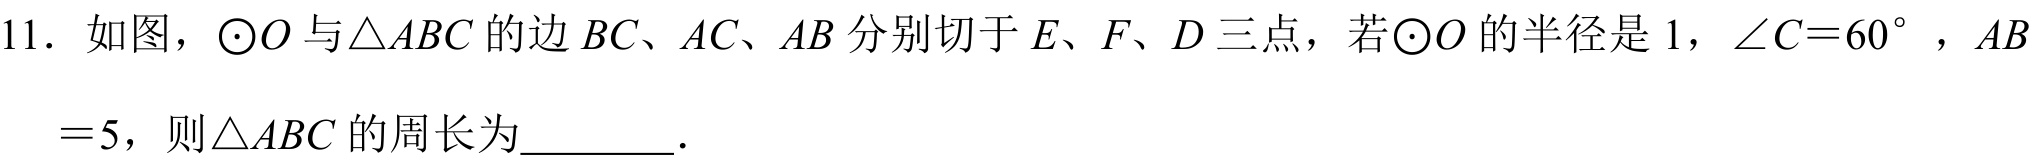
11. 如图，$\odot O$与$\triangle ABC$的边$BC、AC、AB$分别切于$E、F、D$三点，若$\odot O$的半径是$1$，$\angle C = 60^{\circ}$，$AB = 5$，则$\triangle ABC$的周长为________．